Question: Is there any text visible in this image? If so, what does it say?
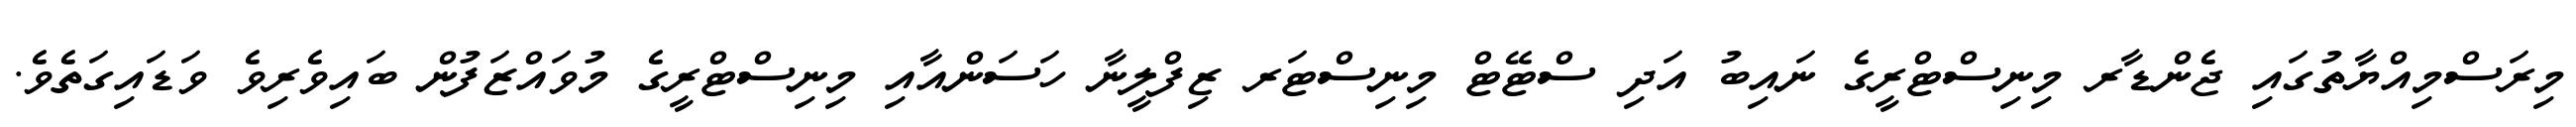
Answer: މިރަސްމިއްޔާތުގައި ޖެންޑާރ މިނިސްޓްރީގެ ނައިބު އަދި ސްޓޭޓް މިނިސްޓަރ ޒިފްލީނާ ހަސަންއާއި މިނިސްޓްރީގެ މުވައްޒަފުން ބައިވެރިވެ ވަޑައިގަތެވެ.